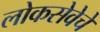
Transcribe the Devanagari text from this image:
लोकसेवेचे